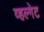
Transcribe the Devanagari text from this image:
व्हल्गेट